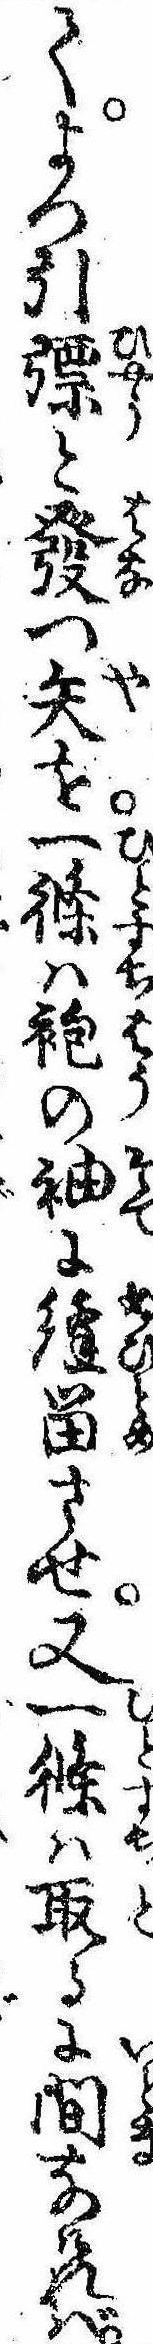
てよつ引と発つ矢を一条は袍の袖に縫留させ又一条は取るに間なければ